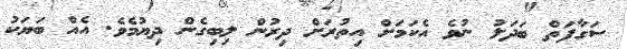
ސަގާފަތް ބަދަލު ނުވެ އެކަމަށް އިތުރަށް ދިރުން ލިބިގެން ދިޔުމެވެ. އެއް ބަޔަކު